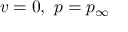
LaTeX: v = 0 , \ p = p _ { \infty }